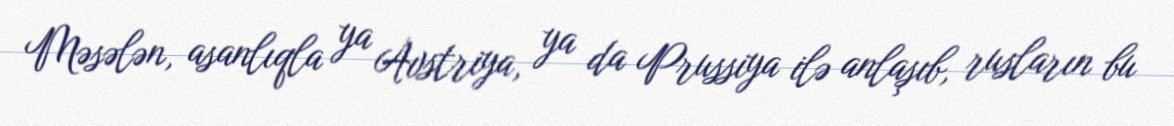
Məsələn, asanlıqla ya Avstriya, ya da Prussiya ilə anlaşıb, rusların bu